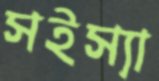
সইস্যা